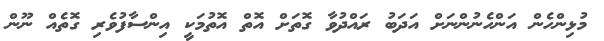
މުޅިންހެން އަންހެނުންނަށް އަދަބު ރައްދުވާ ގޮތަށް އޮތް އޮތުމަކީ އިންސާފުވެރި ގޮތެއް ނޫން